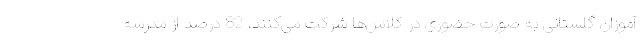
آموزان گلستانی به صورت حضوری در کلاس‌ها شرکت می‌کنند، 82 درصد از مدرسه